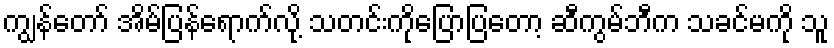
ကျွန်တော် အိမ်ပြန်ရောက်လို့ သတင်းကိုပြောပြတော့ ဆီကွမ်ဘီက သခင်မကို သူ